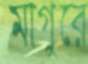
মাগুরে